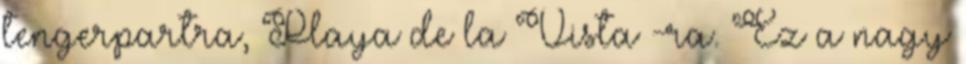
tengerpartra, Playa de la Vista -ra. Ez a nagy